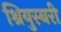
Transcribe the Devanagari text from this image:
श्रियुस्बरी